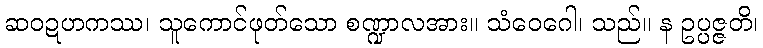
ဆဝဍဟကဿ၊ သူကောင်ဖုတ်သော စဏ္ဍာလအား။ သံဝေဂေါ၊ သည်။ န ဥပ္ပဇ္ဇတိ၊